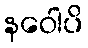
နဝေါပိ